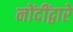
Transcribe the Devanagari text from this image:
नोंदींद्वारे